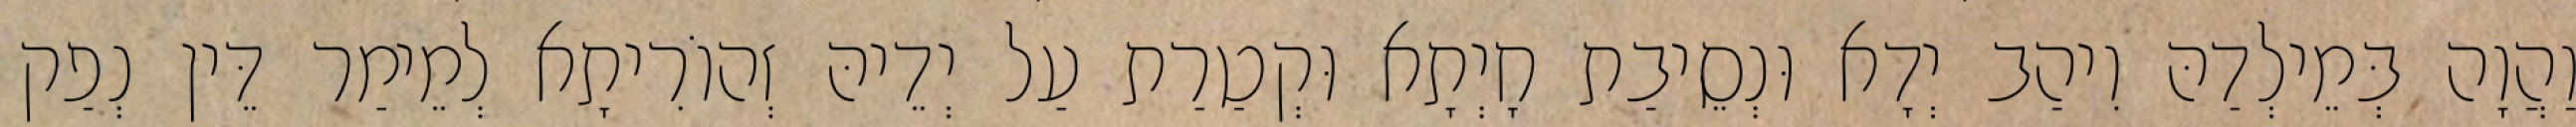
וַהֲוָה בְּמֵילְדַהּ וִיהַב יְדָא וּנְסֵיבַת חָיְתָא וּקְטַרַת עַל יְדֵיהּ זְהוֹרִיתָא לְמֵימַר דֵּין נְפַק